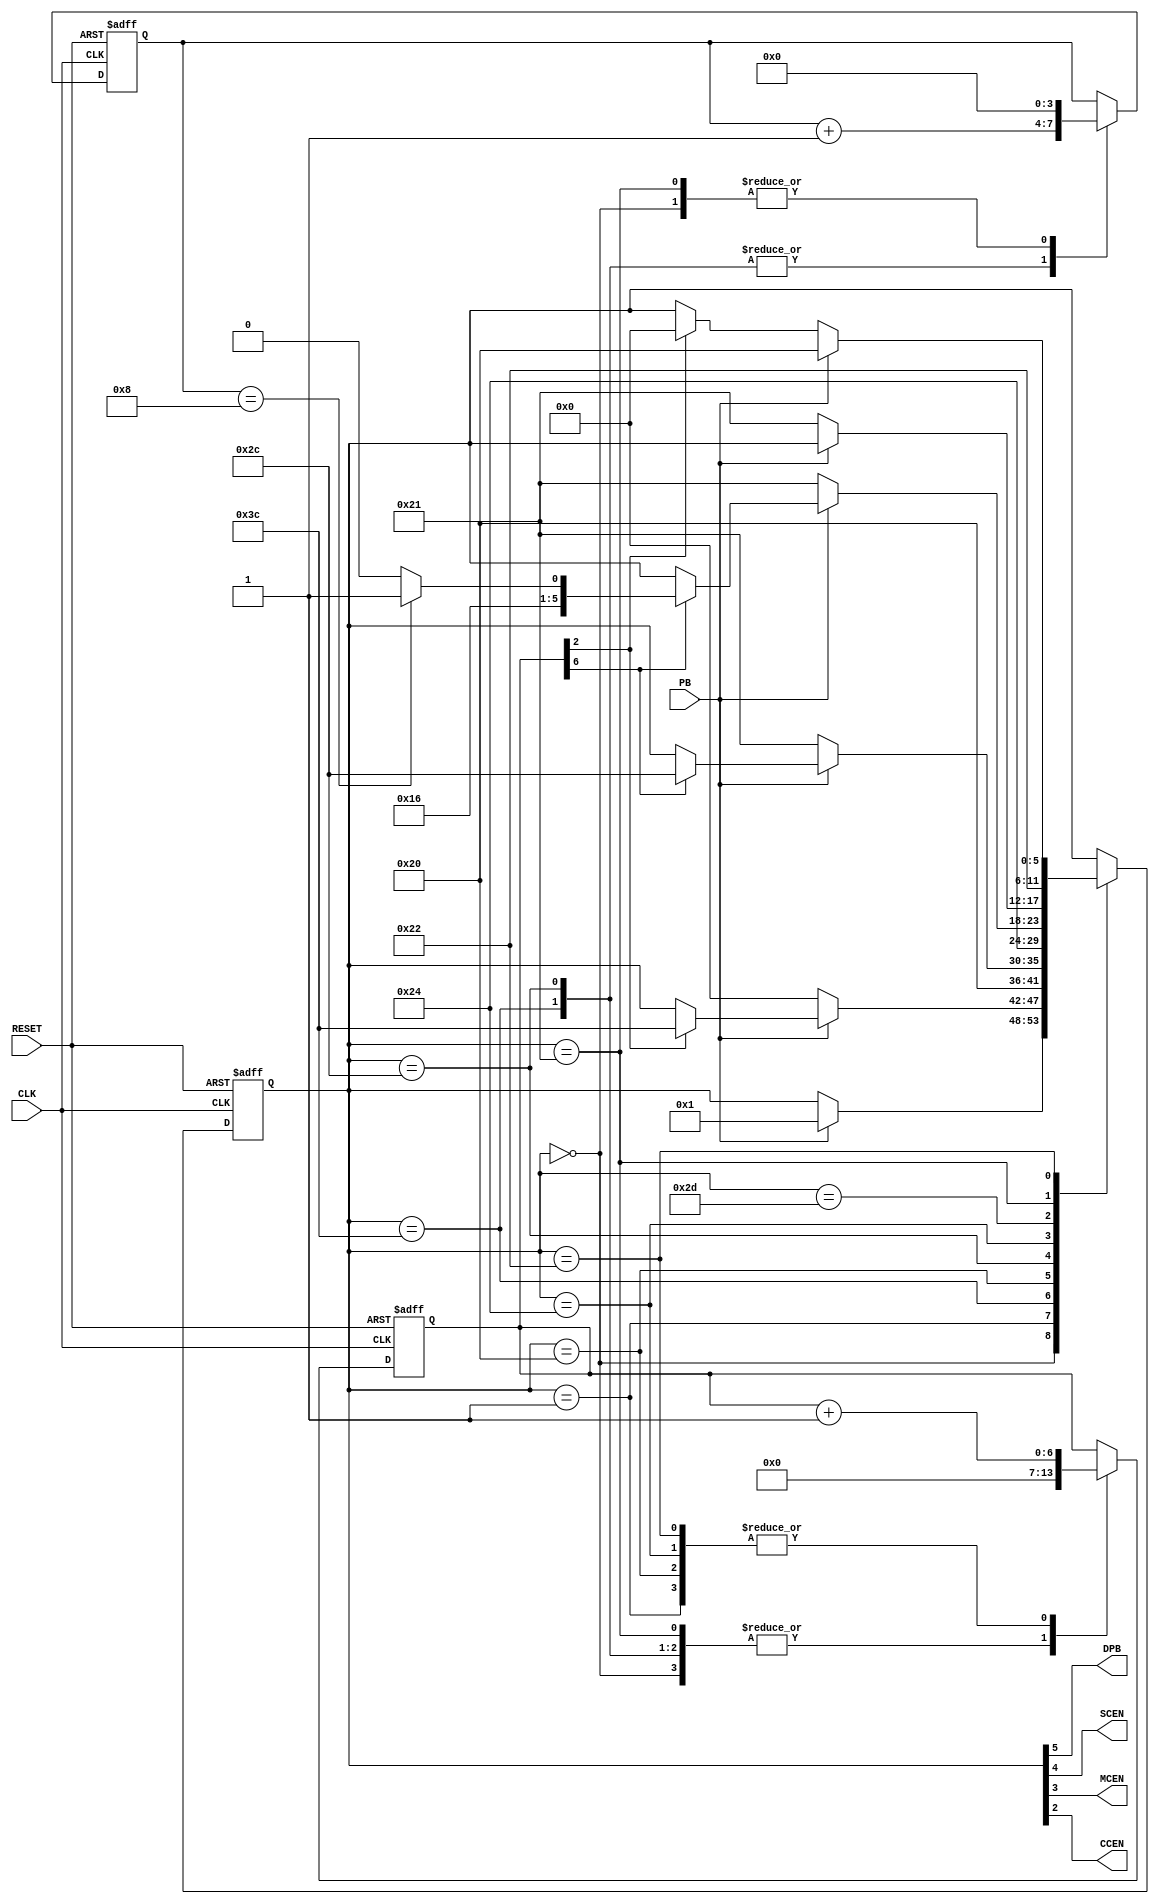
module ee201_debouncer(CLK, RESET, PB, DPB, SCEN, MCEN, CCEN);

//inputs
input	CLK, RESET;
input PB;

//outputs
output DPB;
output SCEN, MCEN, CCEN;

//parameters
parameter N_dc = 7;

(* fsm_encoding = "user" *)
reg [5:0] state;
// other items not controlledd by the special atribute
reg [N_dc-1:0] debounce_count;
reg [3:0] MCEN_count;

//concurrent signal assignment statements
// The following is possible because of the output coding used by us.
assign {DPB, SCEN, MCEN, CCEN} = state[5:2];

//constants used for state naming // the don't cares are replaced here with zeros
localparam
 INI        = 6'b000000,
 W84        = 6'b000001,
 SCEN_st    = 6'b111100,
 WS         = 6'b100000,
 MCEN_st    = 6'b101100,
 CCEN_st    = 6'b100100,
 MCEN_cont  = 6'b101101,
 CCR        = 6'b100001,
 WFCR       = 6'b100010;
		      
//logic
always @ (posedge CLK, posedge RESET)
	begin : State_Machine
		
		if (RESET)
		   begin
		      state <= INI;
		      debounce_count <= 'bx;
		      MCEN_count <= 4'bx;
		   end
		else 
		   begin
			   case (state)
			   
				   INI: begin					
					     debounce_count <= 0;
					     MCEN_count <= 0;  
					     if (PB)
						   begin
							   state <= W84;
						   end
			            end
						
			       W84: begin
					     debounce_count <= debounce_count + 1;
			             if (!PB)
			              begin
			                state <= INI;
			              end
				         else if (debounce_count[N_dc-5])// for N_dc of 28, it is debounce_count[23], i.e T = 0.084 sec for f = 100MHz
				          begin
				            state <= SCEN_st;
				          end
				        end
						
				   SCEN_st: begin
					     debounce_count <= 0;
				         MCEN_count <= MCEN_count + 1;
				         state <= WS;
				        end
				   
				   WS:  begin
					     debounce_count <= debounce_count + 1;
				         if (!PB)
				           begin
							state <= CCR;
						   end	
				         else if (debounce_count[N_dc-1])// for N_dc of 28, it is debounce_count[27], i.e T = 1.342 sec for f = 100MHz
				           begin
						    state <= MCEN_st;
						   end
				        end
				      
				   MCEN_st: begin
					     debounce_count <= 0;
				         MCEN_count <= MCEN_count + 1;
				         state <= CCEN_st;
				        end
				   
				   CCEN_st: begin
					     debounce_count <= debounce_count + 1;
				         if (!PB)
				          begin
						   state <= CCR;
						  end
				         else if (debounce_count[N_dc-1])// for N_dc of 28, it is debounce_count[27], i.e T = 1.342 sec for f = 100MHz
				          begin
				            if (MCEN_count == 4'b1000)
				                begin
									state <= MCEN_cont;
								end
				            else
				                begin
									state <= MCEN_st;
								end
				          end
				        end
				      
				   MCEN_cont: begin
					     if (!PB)
				          begin
						   state <= CCR;
						  end
				        end
				   
				   CCR: begin
					     debounce_count <= 0;
				         MCEN_count <= 0;
				         state <= WFCR;
				        end
				   
				   WFCR: begin
					     debounce_count <= debounce_count + 1;
				         if (PB)
				           begin
							state <= WS;
						   end
				         else if (debounce_count[N_dc-5])// for N_dc of 28, it is debounce_count[23], i.e T = 0.084 sec for f = 100MHz
				           begin
							state <= INI;
						   end
				         end
				endcase		    
	      end
	end // State_Machine

endmodule